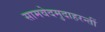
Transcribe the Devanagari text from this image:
सामवेदमुदाहरन्तीं